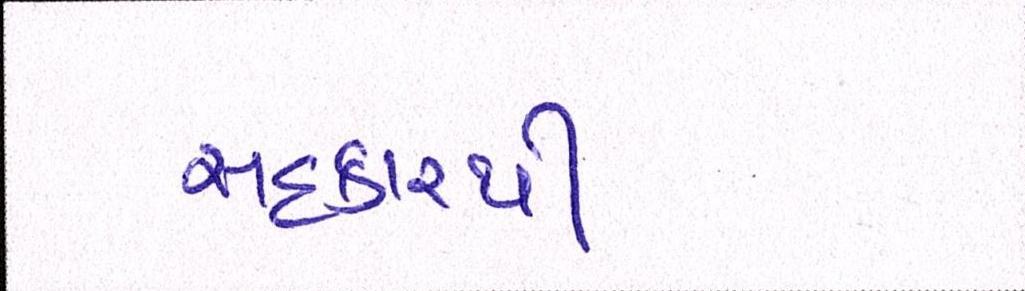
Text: સહકારથી